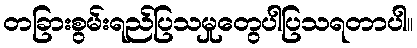
တခြားစွမ်းရည်ပြသမှုတွေပါပြသရတာပါ။